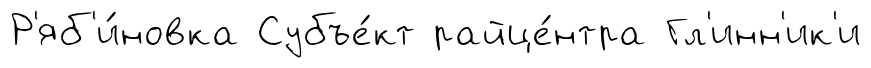
Р'яб'и́новка Субъе́кт райце́нтра Гл'инн'ик'и